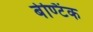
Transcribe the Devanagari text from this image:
बेण्टिंक